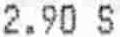
2.90 S